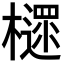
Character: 𣝋